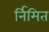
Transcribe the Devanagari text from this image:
र्निमित